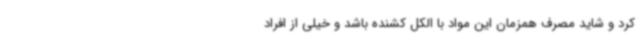
کرد و شاید مصرف همزمان این مواد با الکل کشنده باشد و خیلی از افراد